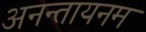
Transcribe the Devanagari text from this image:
अनन्तायनम